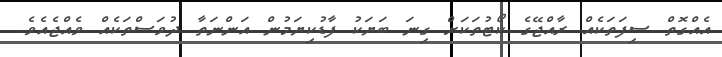
އެއްގޮތް ސިފަތަކެއް ރާއްޖޭގެ ކޯޓުތަކަށް ގިނަ ބަޔަކު ފާޑުކިޔަމުން އަންނަތާ ދުވަސްތަކެއް ވެއްޖެއެވެ.